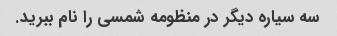
سه سیاره دیگر در منظومه شمسی را نام ببرید.